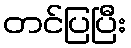
တင်ပြပြီး